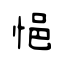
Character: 悒